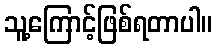
သူ့ကြောင့်ဖြစ်ရတာပါ။